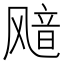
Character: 𫗊